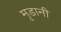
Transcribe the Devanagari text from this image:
मृडानी